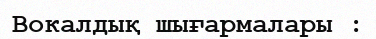
Вокалдық шығармалары :